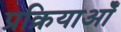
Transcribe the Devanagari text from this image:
प्रक्रियाओँ